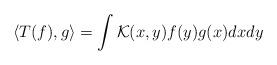
LaTeX: \begin{align*}\left<T(f),g\right>=\int\mathcal{K}(x,y)f(y)g(x)dxdy\end{align*}